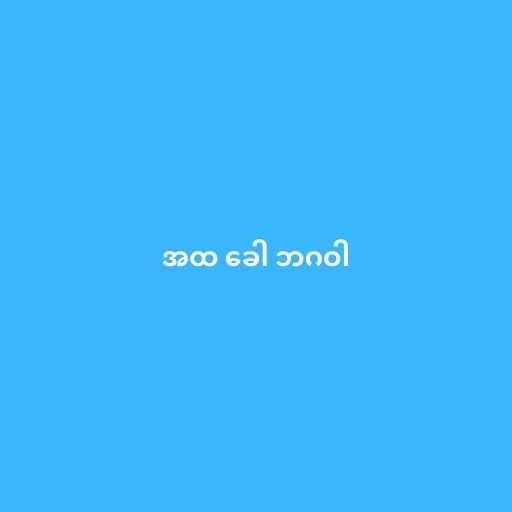
အထ ခေါ ဘဂဝါ